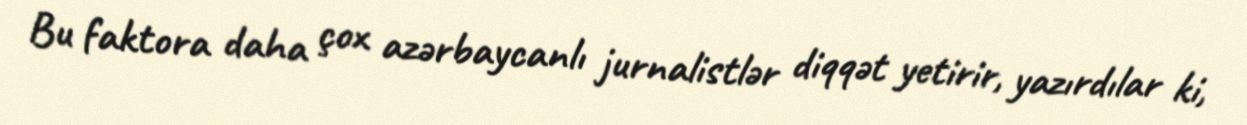
Bu faktora daha çox azərbaycanlı jurnalistlər diqqət yetirir, yazırdılar ki,